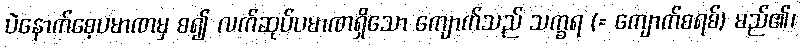
ပဲနောက်စေ့ပမာဏမှ စ၍ လက်ဆုပ်ပမာဏရှိသော ကျောက်သည် သက္ခရ (= ကျောက်စရစ်) မည်၏၊